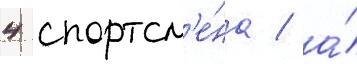
4 спортсм'е́на / а́